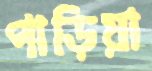
পাড়িয়া